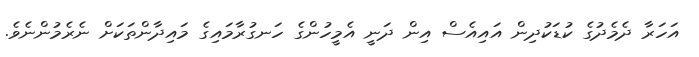
އަހަރާ ދެމެދުގެ ކުޑަކުދިން އައިއެސް އިން ދަނީ އެމީހުންގެ ހަނގުރާމައިގެ މައިދާންތަކަށް ނެރެމުންނެވެ.